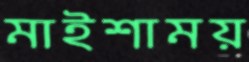
মাইশাময়